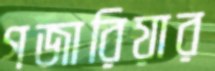
গজারিয়ার